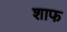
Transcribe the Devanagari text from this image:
शाफ